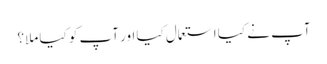
آپ نے کیا استعمال کیا اور آپ کو کیا ملا؟